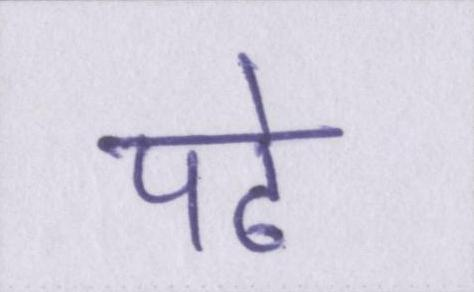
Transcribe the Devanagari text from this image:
पढे